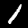
Digit: 1